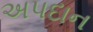
અપદાન